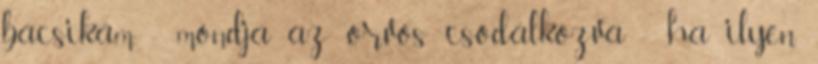
bácsikám - mondja az orvos csodálkozva - ha ilyen